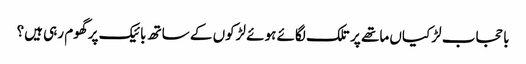
با حجاب لڑکیاں ماتھے پر تلک لگائے ہوئے لڑکوں کے ساتھ بائیک پر گھوم رہی ہیں؟